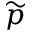
\widetilde { p }